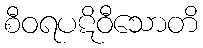
စီဝရပဋိဝီသောတိ